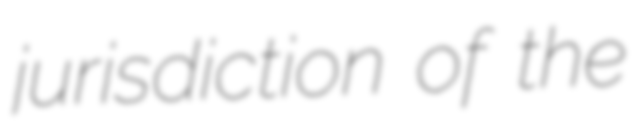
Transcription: jurisdiction of the